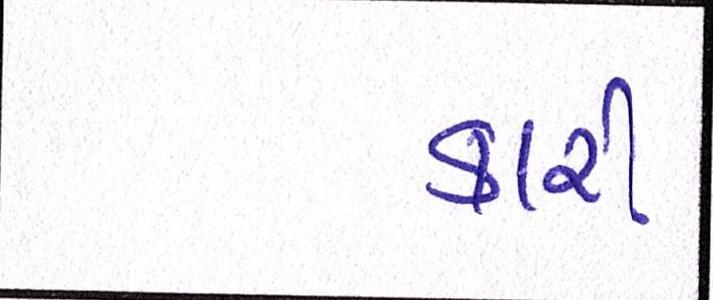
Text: કારી